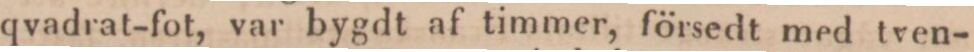
qvadrat-fot, var bygdt af timmer, försedt med tven-